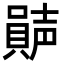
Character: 𡁩